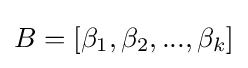
B=[\beta _{1},\beta _{2},...,\beta _{k}]